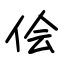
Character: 侩